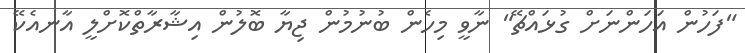
"ފަހުން އަހަންނަށް ގުޅައްޗޭ" ނާވީ މިހެން ބުނުމުން ޖިޔާ ބޮލުން އިޝާރާތްކޮށްލީ އާނއެކޭ